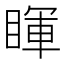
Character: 睴